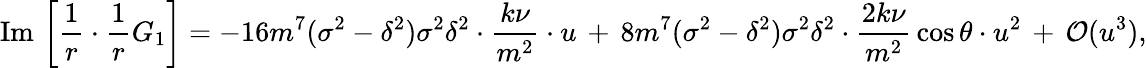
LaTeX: \mathrm{Im}\, \left[\frac{1}{r}\cdot\frac{1}{r}G_{1}\right]=-16m^{7}(\sigma^{2}-\delta^{2})\sigma^{2}\delta^{2}\cdot\frac{k\nu}{m^{2}}\cdot u\, +\, 8m^{7}(\sigma^{2}-\delta^{2})\sigma^{2}\delta^{2}\cdot\frac{2k\nu}{m^{2}}\, \cos\theta\cdot u^{2}\, +\, {\cal O}(u^{3}),